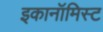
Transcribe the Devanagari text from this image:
इकानॉमिस्ट